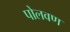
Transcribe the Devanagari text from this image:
पोलवण